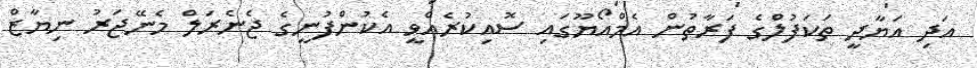
އަދި އަޔާދީ ތަކަފުލްގެ ފަރާތުން އެމްއޯޔޫގައި ސޮއިކުރެއްވީ އެކުންފުނީގެ ޖެނެރަލް މެނޭޖަރު ނިޔާޒް